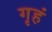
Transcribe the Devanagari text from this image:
गृहं